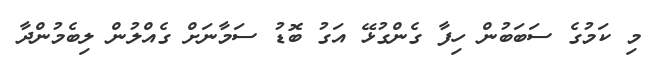
މި ކަމުގެ ސަބަބުން ހިފާ ގެންގުޅޭ އަގު ބޮޑު ސަމާނަށް ގެއްލުން ލިބެމުންދާ